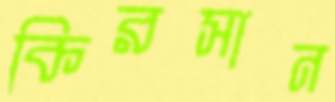
কিরসান